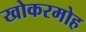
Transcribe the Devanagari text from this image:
खोकरमोह